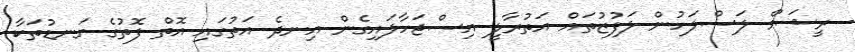
ރީޝަމް ލަސްލަހުން ލަފުޒުތައް އަތުރާލީ އިސްޖަހާލައިގެން އިނދެ އަތުގައި އޮތް ފޮތުގެ ގަނޑުތަކާ